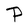
Character: P